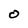
Character: O